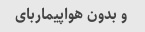
و بدون هواپیماربای